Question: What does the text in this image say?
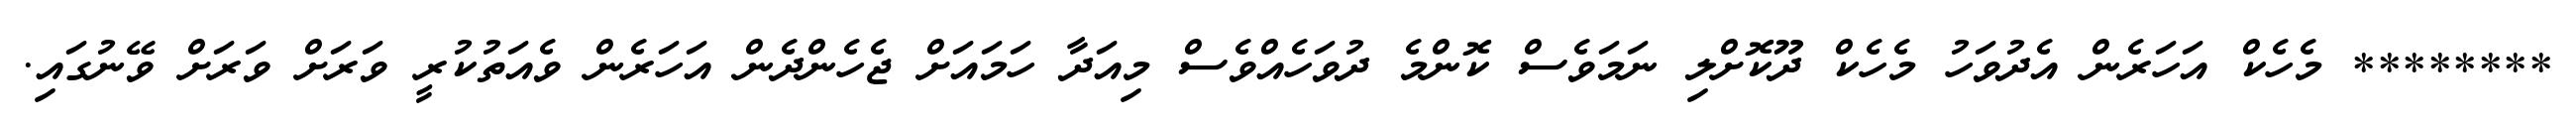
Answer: ******** މެހެކް އަހަރެން އެދުވަހު މެހެކް ދޫކޮށްލި ނަމަވެސް ކޮންމެ ދުވަހެއްވެސް މިއަދާ ހަމައަށް ޖެހެންދެން އަހަރެން ވެއަތުކުރީ ވަރަށް ވަރަށް ވޭނުގައި.